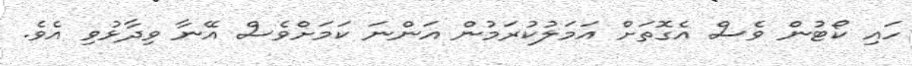
ހައި ކޯޓުން ވެސް އެގޮތަށް އަމަލުކުރަމުން އަންނަ ކަމަށްވެސް އޭނާ ވިދާޅުވި އެވެ.